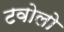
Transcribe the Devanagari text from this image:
टवोलो